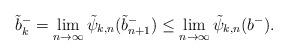
LaTeX: \begin{align*}\tilde{b}^-_k = \lim_{n\to \infty}\tilde{\psi}_{k,n}(\tilde{b}^-_{n+1})\le \lim_{n\to \infty}\tilde{\psi}_{k,n}(b^-).\end{align*}